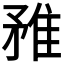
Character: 𨾣